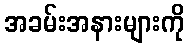
အခမ်းအနားများကို